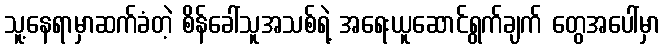
သူ့နေရာမှာဆက်ခံတဲ့ စိန်ခေါ်သူအသစ်ရဲ့ အရေးယူဆောင်ရွက်ချက် တွေအပေါ်မှာ